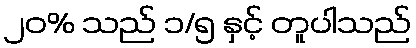
၂၀% သည် ၁/၅ နှင့် တူပါသည်